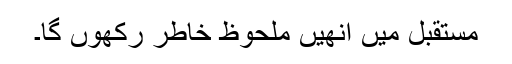
مستقبل میں انھیں ملحوظ خاطر رکھوں گا۔